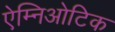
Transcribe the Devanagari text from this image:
ऐम्निओटिक